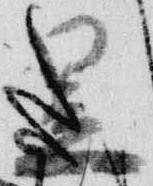
昱